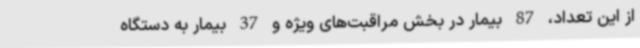
از این تعداد، 87 بیمار در بخش مراقبت‌های ویژه و 37 بیمار به دستگاه